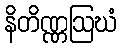
နိတိဏ္ဏဩဃံ